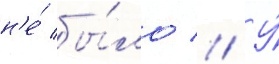
н'е́ бы́ло // У́